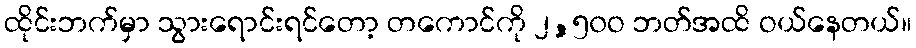
ထိုင်းဘက်မှာ သွားရောင်းရင်တော့ တကောင်ကို ၂,၅၀ဝ ဘတ်အထိ ဝယ်နေတယ်။